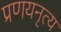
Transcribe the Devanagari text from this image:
प्रणयनृत्य